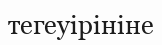
тегеуірініне